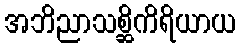
အဘိညာသစ္ဆိကိရိယာယ